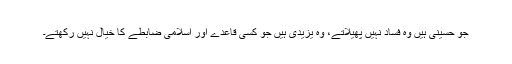
جو حسینی ہیں وہ فساد نہیں پھیلاتے، وہ یزیدی ہیں جو کسی قاعدے اور اسلامی ضابطے کا خیال نہیں رکھتے۔